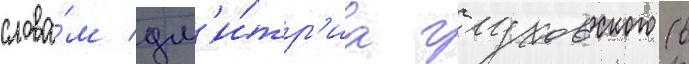
слова́м дм'и́тр'иа глуховского (в